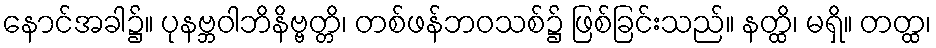
နောင်အခါ၌။ ပုနဗ္ဘဝါဘိနိဗ္ဗတ္တိ၊ တစ်ဖန်ဘဝသစ်၌ ဖြစ်ခြင်းသည်။ နတ္ထိ၊ မရှိ။ တတ္ထ၊